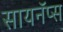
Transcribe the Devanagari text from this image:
सायनॅप्स